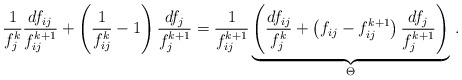
\begin{align*}\frac{1}{f_j^k} \frac{df_{ij}}{f_{ij}^{k+1}} + \left( \frac{1}{f_{ij}^k} - 1 \right) \frac{df_j}{f_j^{k+1}}= \frac{1}{f_{ij}^{k+1}} \underbrace{\left( \frac{df_{ij}}{f_j^k} + \left( f_{ij} - {f_{ij}^{k+1}} \right) \frac{df_j}{f_j^{k+1}} \right)}_{\Theta} \, .\end{align*}